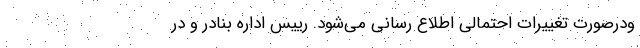
ودرصورت تغییرات احتمالی اطلاع رسانی می‌شود. رییس اداره بنادر و در